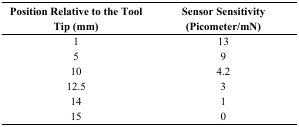
<table><thead><tr><td><b>Position Relative to the Tool Tip (mm)</b></td><td><b>Sensor Sensitivity (Picometer/mN)</b></td></tr></thead><tbody><tr><td>1</td><td>13</td></tr><tr><td>5</td><td>9</td></tr><tr><td>10</td><td>4.2</td></tr><tr><td>12.5</td><td>3</td></tr><tr><td>14</td><td>1</td></tr><tr><td>15</td><td>0</td></tr></tbody></table>